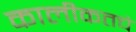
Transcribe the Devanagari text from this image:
कालीकतचे